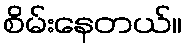
စိမ်းနေတယ်။